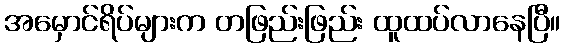
အမှောင်ရိပ်များက တဖြည်းဖြည်း ထူထပ်လာနေပြီ။